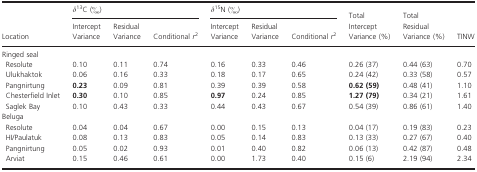
<table><thead><tr><td rowspan="2"><b>Location</b></td><td colspan="3"><b><i>δ</i><sup>13</sup>C (‰)</b></td><td colspan="3"><b><i>δ</i><sup>15</sup>N (‰)</b></td><td><b>Total</b></td><td><b>Total</b></td><td rowspan="2"><b>TINW</b></td></tr><tr><td><b>Intercept Variance</b></td><td><b>Residual Variance</b></td><td><b>Conditional <i>r</i><sup>2</sup></b></td><td><b>Intercept Variance</b></td><td><b>Residual Variance</b></td><td><b>Conditional <i>r</i><sup>2</sup></b></td><td><b>Intercept Variance (%)</b></td><td><b>Residual Variance (%)</b></td></tr></thead><tbody><tr><td colspan="10">Ringed seal</td></tr><tr><td>Resolute</td><td>0.10</td><td>0.11</td><td>0.74</td><td>0.16</td><td>0.33</td><td>0.46</td><td>0.26 (37)</td><td>0.44 (63)</td><td>0.70</td></tr><tr><td>Ulukhaktok</td><td>0.06</td><td>0.16</td><td>0.33</td><td>0.18</td><td>0.17</td><td>0.65</td><td>0.24 (42)</td><td>0.33 (58)</td><td>0.57</td></tr><tr><td>Pangnirtung</td><td><b>0.23</b></td><td>0.09</td><td>0.81</td><td>0.39</td><td>0.39</td><td>0.58</td><td><b>0.62 (59)</b></td><td>0.48 (41)</td><td>1.10</td></tr><tr><td>Chesterfield Inlet</td><td><b>0.30</b></td><td>0.10</td><td>0.85</td><td><b>0.97</b></td><td>0.24</td><td>0.85</td><td><b>1.27 (79)</b></td><td>0.34 (21)</td><td>1.61</td></tr><tr><td>Saglek Bay</td><td>0.10</td><td>0.43</td><td>0.33</td><td>0.44</td><td>0.43</td><td>0.67</td><td>0.54 (39)</td><td>0.86 (61)</td><td>1.40</td></tr><tr><td colspan="10">Beluga</td></tr><tr><td>Resolute</td><td>0.04</td><td>0.04</td><td>0.67</td><td>0.00</td><td>0.15</td><td>0.13</td><td>0.04 (17)</td><td>0.19 (83)</td><td>0.23</td></tr><tr><td>HI/Paulatuk</td><td>0.08</td><td>0.13</td><td>0.83</td><td>0.05</td><td>0.14</td><td>0.83</td><td>0.13 (33)</td><td>0.27 (67)</td><td>0.40</td></tr><tr><td>Pangnirtung</td><td>0.05</td><td>0.02</td><td>0.93</td><td>0.01</td><td>0.40</td><td>0.82</td><td>0.06 (13)</td><td>0.42 (87)</td><td>0.48</td></tr><tr><td>Arviat</td><td>0.15</td><td>0.46</td><td>0.61</td><td>0.00</td><td>1.73</td><td>0.40</td><td>0.15 (6)</td><td>2.19 (94)</td><td>2.34</td></tr></tbody></table>